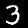
Digit: 3